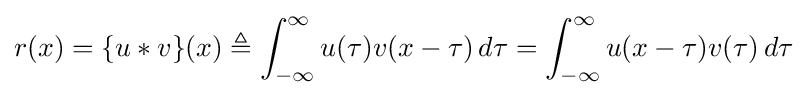
r(x)=\{u*v\}(x)\triangleq \int _{-\infty }^{\infty }u(\tau )v(x-\tau )\,d\tau =\int _{-\infty }^{\infty }u(x-\tau )v(\tau )\,d\tau